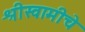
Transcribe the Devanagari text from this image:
श्रीस्वामीचे